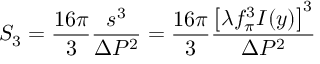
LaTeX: S _ { 3 } = \frac { 1 6 \pi } { 3 } \frac { s ^ { 3 } } { \Delta P ^ { 2 } } = \frac { 1 6 \pi } { 3 } \frac { \left[ \lambda f _ { \pi } ^ { 3 } I ( y ) \right] ^ { 3 } } { \Delta P ^ { 2 } }